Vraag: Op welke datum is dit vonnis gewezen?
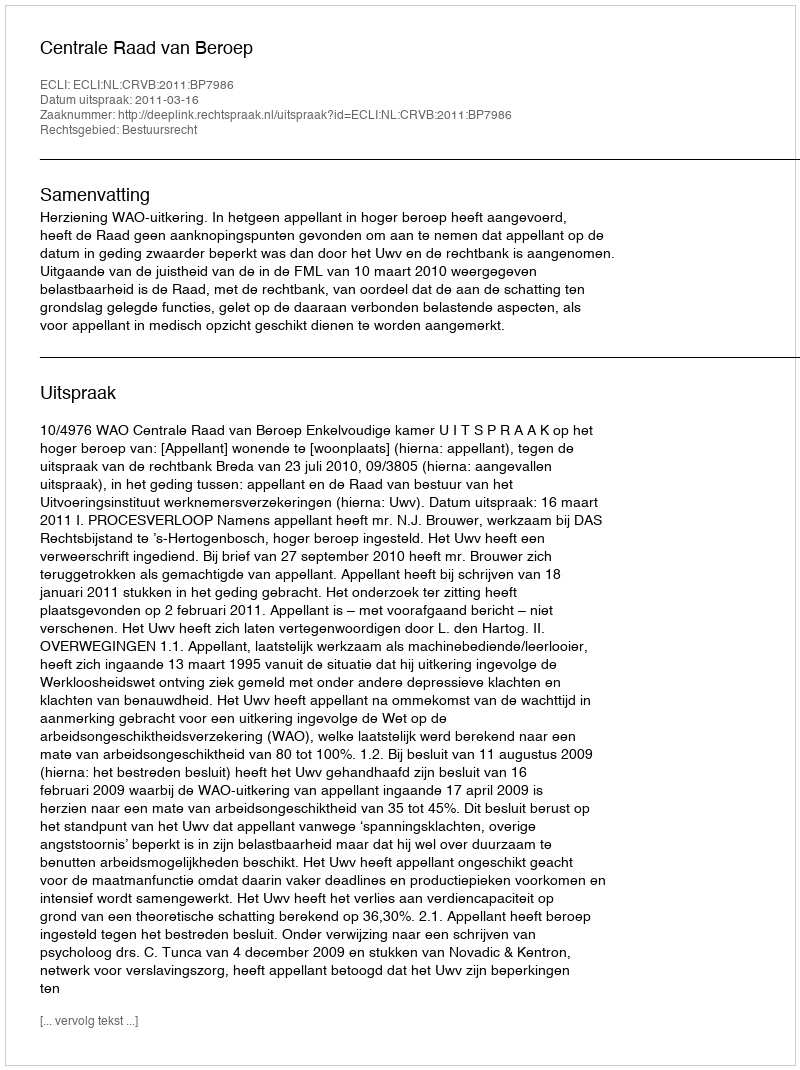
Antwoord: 2011-03-16